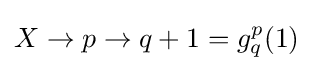
X\to p\to q+1=g_{q}^{p}(1)